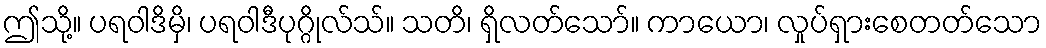
ဤသို့။ ပရဝါဒိမှိ၊ ပရဝါဒီပုဂ္ဂိုလ်သ်။ သတိ၊ ရှိလတ်သော်။ ကာယော၊ လှုပ်ရှားစေတတ်သော